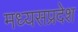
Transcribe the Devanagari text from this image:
मध्यसप्रदेश